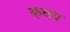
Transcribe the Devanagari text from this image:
कथय